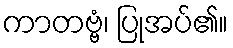
ကာတဗ္ဗံ၊ ပြုအပ်၏။